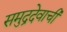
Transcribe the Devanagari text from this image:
समुद्रदेवाची